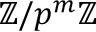
\mathbb { Z } / p ^ { m } \mathbb { Z }